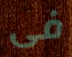
فى